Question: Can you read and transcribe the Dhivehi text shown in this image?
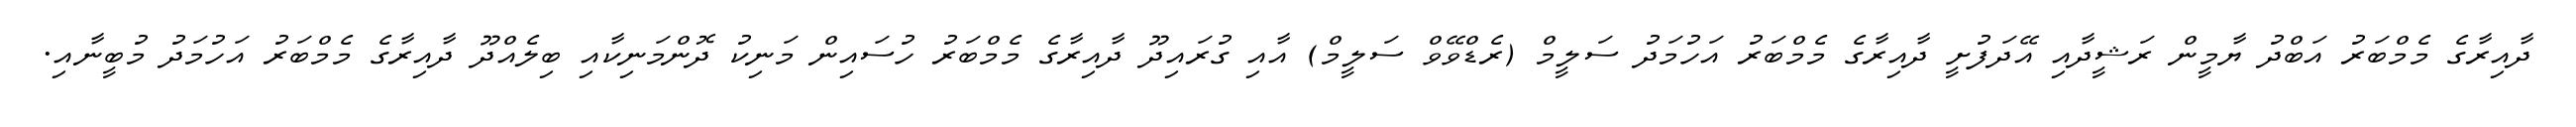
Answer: ދާއިރާގެ މެމްބަރު އަބްދު ޔާމީން ރަޝީދާއި އޭދަފުށީ ދާއިރާގެ މެމްބަރު އަހުމަދު ސަލީމް (ރެޑްވޭވް ސަލީމް) އާއި ގުރައިދޫ ދާއިރާގެ މެމްބަރު ހުސައިން މަނިކު ދޮންމަނިކާއި ބިލެއްދޫ ދާއިރާގެ މެމްބަރު އަހުމަދު މުބީނާއި.